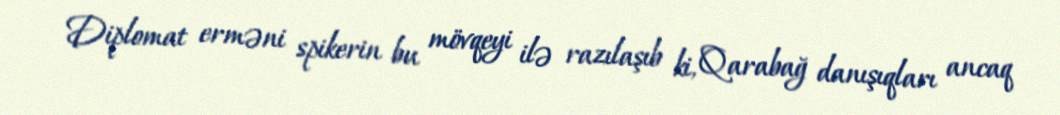
Diplomat erməni spikerin bu mövqeyi ilə razılaşıb ki, Qarabağ danışıqları ancaq